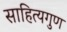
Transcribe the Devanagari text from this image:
साहित्यगुण